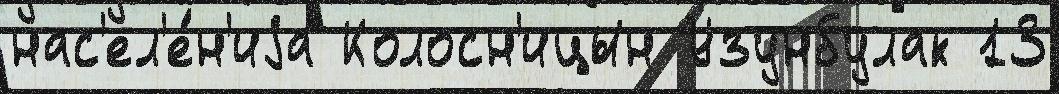
нас'ел'е́н'иjа Колосн'ицын Узунбулак 13